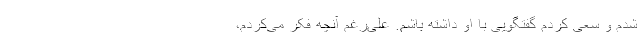
شدم و سعی کردم گفتگویی با او داشته باشم. علی‌رغم آنچه فکر می‌کردم،